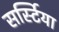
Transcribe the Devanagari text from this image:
सर्स्टिया